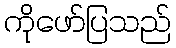
ကိုဖော်ပြသည်